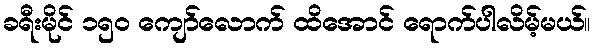
ခရီးမိုင် ၁၅၀ ကျော်လောက် ထိအောင် ရောက်ပါလိမ့်မယ်။